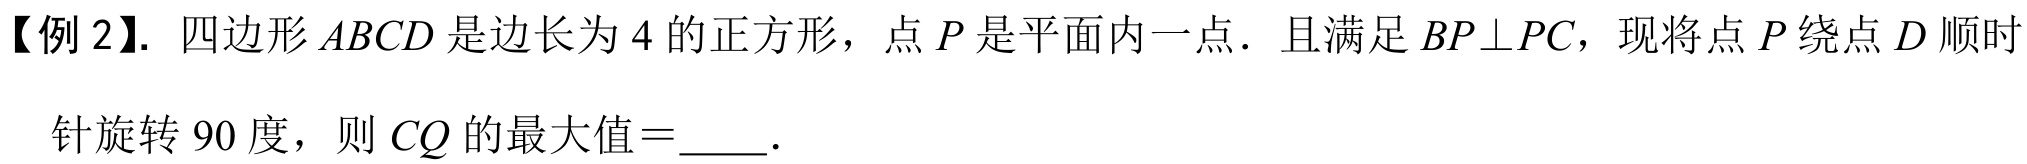
【例 2】. 四边形 \(ABCD\) 是边长为 \(4\) 的正方形，点 \(P\) 是平面内一点．且满足 \(BP\perp PC\)，现将点 \(P\) 绕点 \(D\) 顺时
针旋转 \(90\) 度，则 \(CQ\) 的最大值\(=\)  ．